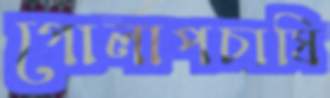
গোলাপচাষি